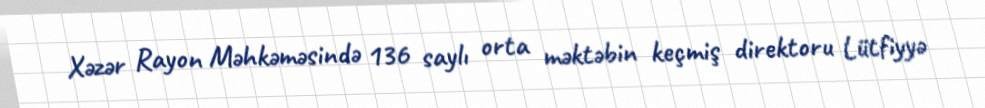
Xəzər Rayon Məhkəməsində 136 saylı orta məktəbin keçmiş direktoru Lütfiyyə